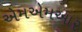
એમએમઆર